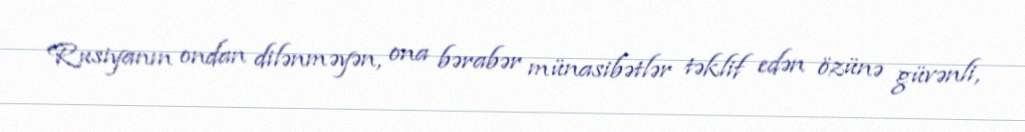
Rusiyanın ondan dilənməyən, ona bərabər münasibətlər təklif edən özünə güvənli,